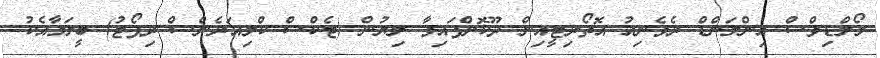
މޯލްޑިވްސް އިންލަންޑް ރެވެނިއު އޮތޯރިޓީއިން ދޫކޮށްފައިވާ ލިޔުން (ޓެކްސް ކްލިއަރެންސް ރިޕޯޓު) ބީލަމާއެކު